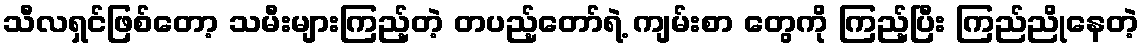
သီလရှင်ဖြစ်တော့ သမီးများကြည့်တဲ့ တပည့်တော်ရဲ့ ကျမ်းစာ တွေကို ကြည့်ပြီး ကြည်ညိုနေတဲ့